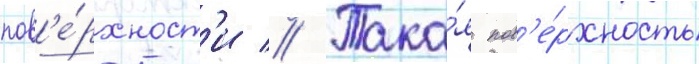
пов'е́рхност'и // Така́я пов'е́рхность